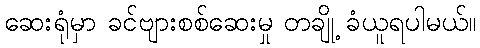
ဆေးရုံမှာ ခင်ဗျားစစ်ဆေးမှု တချို့ ခံယူရပါမယ်။